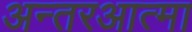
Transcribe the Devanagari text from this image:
अन्तरआत्मा